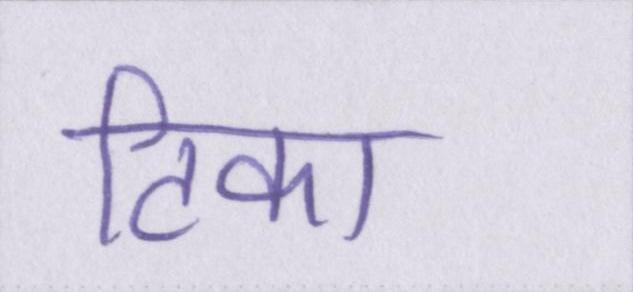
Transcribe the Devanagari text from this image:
टिका